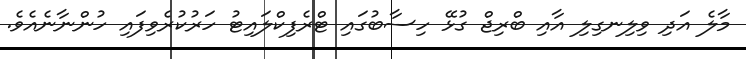
މާލެ އަދި ވިލިނގިލި އާއި ބްރިޖް ގުޅޭ ހިސާބުގައި ޓްރެފިކްލައިޓު ހަރުކުރެވިފައި ހުންނާނެއެވެ.